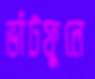
ভাঁটফুলে